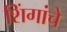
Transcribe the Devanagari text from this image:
शिंगांचे